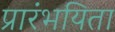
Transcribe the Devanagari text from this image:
प्रारंभयिता